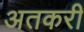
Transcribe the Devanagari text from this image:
अतकरी